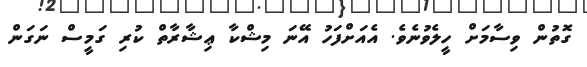
ގޮތުން ވިސާމަށް ހީލެވުނެވެ. އެއަށްފަހު އޭނަ މިޝްކާ ޢިޝާރާތް ކުރި ގަމީސް ނަގަން